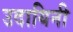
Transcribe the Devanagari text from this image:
उदायिनी